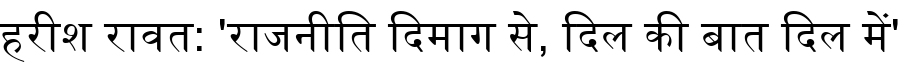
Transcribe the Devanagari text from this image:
हरीश रावत: 'राजनीति दिमाग से, दिल की बात दिल में'